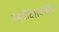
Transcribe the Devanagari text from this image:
स्कॉटिशवंशीय